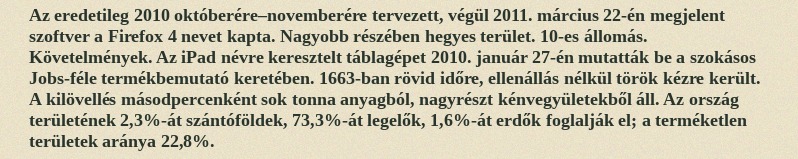
Az eredetileg 2010 októberére–novemberére tervezett, végül 2011. március 22-én megjelent szoftver a Firefox 4 nevet kapta. Nagyobb részében hegyes terület. 10-es állomás. Követelmények. Az iPad névre keresztelt táblagépet 2010. január 27-én mutatták be a szokásos Jobs-féle termékbemutató keretében. 1663-ban rövid időre, ellenállás nélkül török kézre került. A kilövellés másodpercenként sok tonna anyagból, nagyrészt kénvegyületekből áll. Az ország területének 2,3%-át szántóföldek, 73,3%-át legelők, 1,6%-át erdők foglalják el; a terméketlen területek aránya 22,8%.